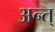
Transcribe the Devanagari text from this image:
अन्त्